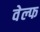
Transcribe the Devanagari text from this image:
वेल्फ